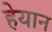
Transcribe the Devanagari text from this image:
हेयान